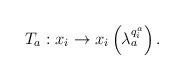
LaTeX: \begin{align*}T_{a}:x_{i}\rightarrow x_{i}\left( \lambda_{a}^{q_{i}^{a}}\right).\end{align*}